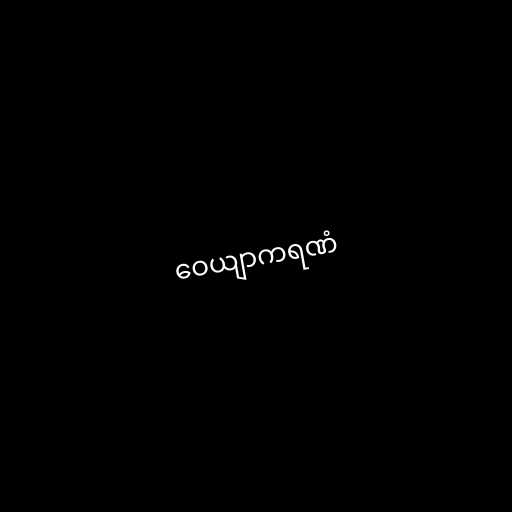
ဝေယျာကရဏံ